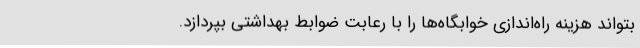
بتواند هزینه راه‌اندازی خوابگاه‌ها را با رعابت ضوابط بهداشتی بپردازد.